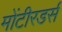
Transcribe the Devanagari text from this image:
मोंटीरडर्स